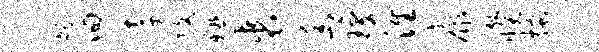
矧回李改殛裘幽琼淮康睽搔